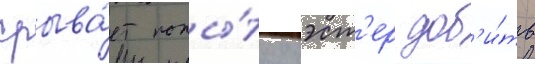
срыва́ет попы́тку эст'ер доб'и́ть